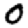
Digit: 0